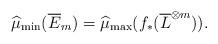
LaTeX: \begin{align*}\widehat{\mu}_{\min}(\overline E_m)=\widehat{\mu}_{\max}(f_*(\overline L^{\otimes m})).\end{align*}